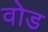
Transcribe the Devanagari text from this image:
वोड